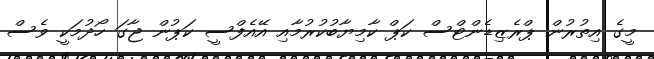
މީގެ އިތުރުން ޕްރެޒިޑެންޓްސް ކަޕް ކާމިޔާބުކުރުމާއި އޭއެފްސީ ކަޕުން ޖާގަ ހޯދުމަކީ ވެސް